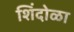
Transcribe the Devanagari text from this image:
शिंदोळा